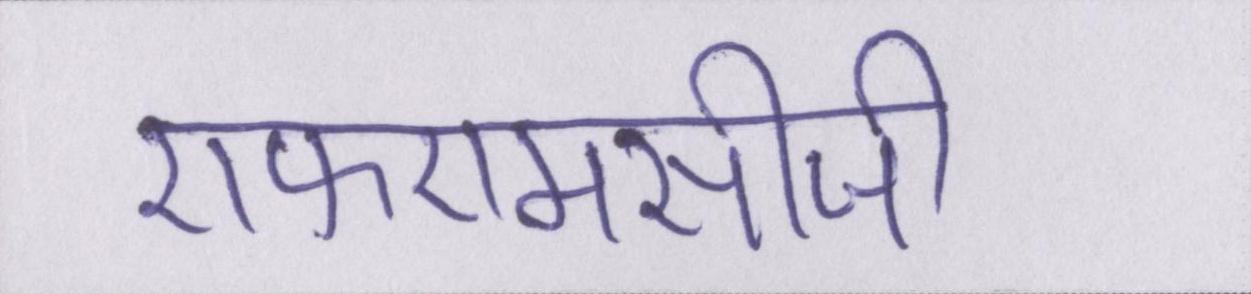
एफएमसीजी